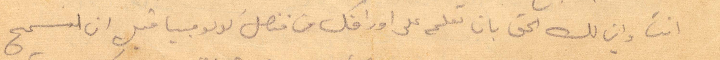
انت وأين لك الح بان تعلم على اوراقك من قنصل كولومبيا قبل ان تسمح